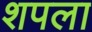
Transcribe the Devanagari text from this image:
शपला